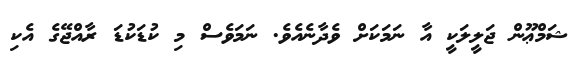
ޝަމްޢޫން ޖަލީލަކީ އާ ނަމަކަށް ވެދާނެއެވެ. ނަމަވެސް މި ކުޑަކުޑަ ރާއްޖޭގެ އެކި